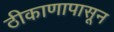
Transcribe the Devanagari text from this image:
ठीकाणापासून